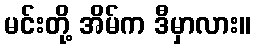
မင်းတို့ အိမ်က ဒီမှာလား။